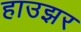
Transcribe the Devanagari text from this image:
हाउझर